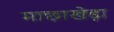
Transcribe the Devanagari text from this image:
माछाखेड़ा